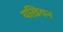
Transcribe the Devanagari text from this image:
यख़ियन